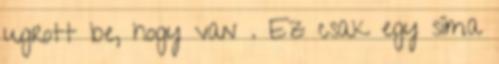
ugrott be, hogy van . Ez csak egy síma